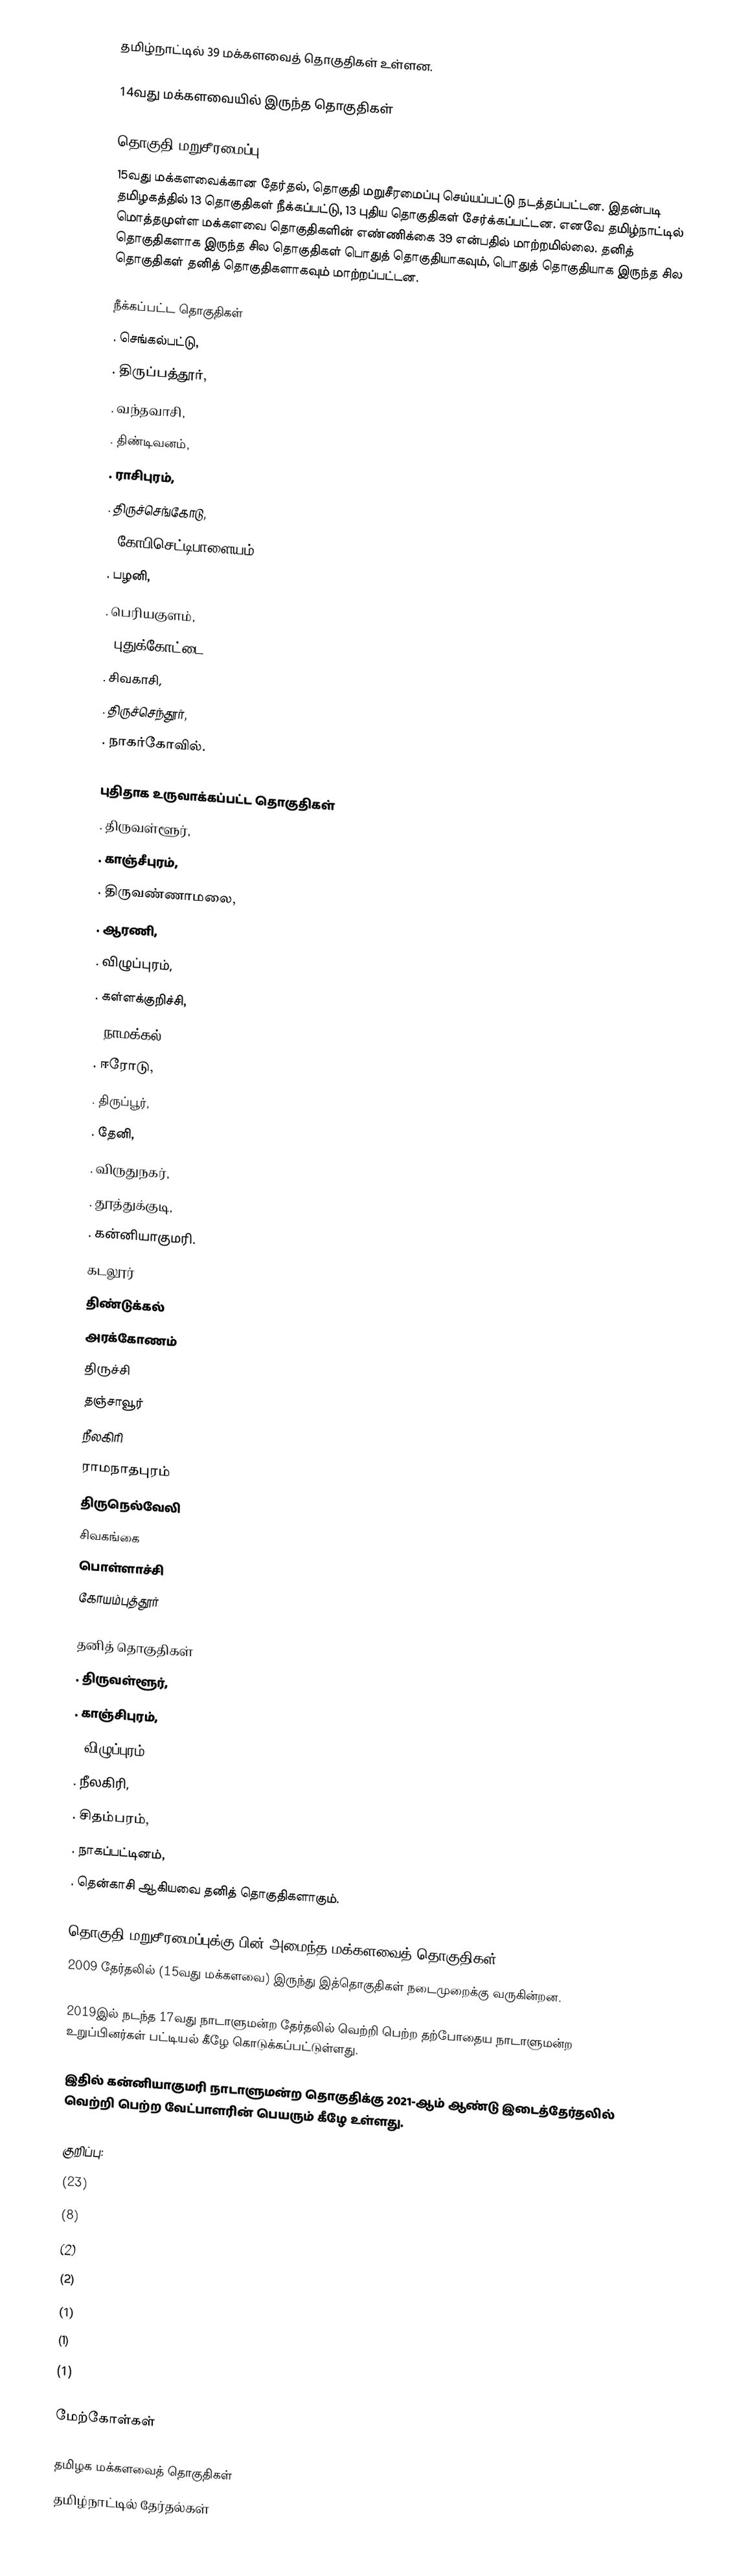
தமிழ்நாட்டில் 39 மக்களவைத் தொகுதிகள் உள்ளன.

14வது மக்களவையில் இருந்த தொகுதிகள்

தொகுதி மறுசீரமைப்பு
15வது மக்களவைக்கான தேர்தல், தொகுதி மறுசீரமைப்பு செய்யப்பட்டு நடத்தப்பட்டன. இதன்படி தமிழகத்தில் 13 தொகுதிகள் நீக்கப்பட்டு, 13 புதிய தொகுதிகள் சேர்க்கப்பட்டன. எனவே தமிழ்நாட்டில் மொத்தமுள்ள மக்களவை தொகுதிகளின் எண்ணிக்கை 39 என்பதில் மாற்றமில்லை. தனித் தொகுதிகளாக இருந்த சில தொகுதிகள் பொதுத் தொகுதியாகவும், பொதுத் தொகுதியாக இருந்த சில தொகுதிகள் தனித் தொகுதிகளாகவும் மாற்றப்பட்டன.

நீக்கப்பட்ட தொகுதிகள்
. செங்கல்பட்டு,
. திருப்பத்தூர்,
. வந்தவாசி,
. திண்டிவனம்,
. ராசிபுரம்,
. திருச்செங்கோடு,
. கோபிசெட்டிபாளையம்,
. பழனி,
. பெரியகுளம்,
. புதுக்கோட்டை,
. சிவகாசி,
. திருச்செந்தூர்,
. நாகர்கோவில்.

புதிதாக உருவாக்கப்பட்ட தொகுதிகள்
. திருவள்ளூர்,
. காஞ்சீபுரம்,
. திருவண்ணாமலை,
. ஆரணி,
. விழுப்புரம்,
. கள்ளக்குறிச்சி,
. நாமக்கல்,
. ஈரோடு,
. திருப்பூர்,
. தேனி,
. விருதுநகர்,
. தூத்துக்குடி,
. கன்னியாகுமரி.
கடலூர்
திண்டுக்கல்
அரக்கோணம்
திருச்சி
தஞ்சாவூர்
நீலகிரி
ராமநாதபுரம்
திருநெல்வேலி
சிவகங்கை
பொள்ளாச்சி
கோயம்புத்தூர்

தனித் தொகுதிகள்
. திருவள்ளூர்,
. காஞ்சிபுரம்,
. விழுப்புரம்,
. நீலகிரி,
. சிதம்பரம்,
. நாகப்பட்டினம்,
. தென்காசி ஆகியவை தனித் தொகுதிகளாகும்.

தொகுதி மறுசீரமைப்புக்கு பின் அமைந்த மக்களவைத் தொகுதிகள்
2009 தேர்தலில் (15வது மக்களவை) இருந்து இத்தொகுதிகள் நடைமுறைக்கு வருகின்றன.

2019இல் நடந்த 17வது நாடாளுமன்ற தேர்தலில் வெற்றி பெற்ற தற்போதைய நாடாளுமன்ற உறுப்பினர்கள் பட்டியல் கீழே கொடுக்கப்பட்டுள்ளது.

இதில் கன்னியாகுமரி நாடாளுமன்ற தொகுதிக்கு 2021-ஆம் ஆண்டு இடைத்தேர்தலில் வெற்றி பெற்ற வேட்பாளரின் பெயரும் கீழே உள்ளது.

குறிப்பு:
(23)
(8)
(2)
(2)
(1)
(1)
(1)

மேற்கோள்கள்

தமிழக மக்களவைத் தொகுதிகள்
தமிழ்நாட்டில் தேர்தல்கள்